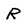
Character: R